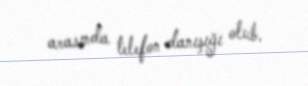
arasında telefon danışığı olub.